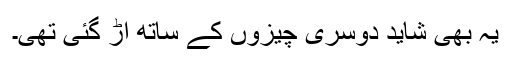
یہ بھی شاید دوسری چیزوں کے ساتھ اڑ گئی تھی۔